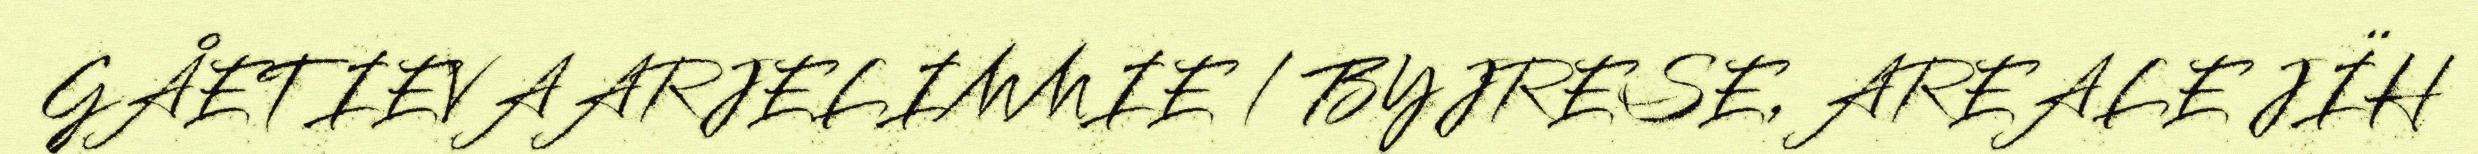
GÅETIEVAARJELIMMIE / BYJRESE, AREALE JÏH